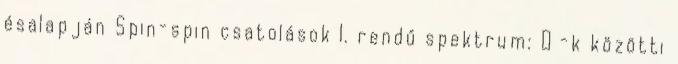
ésalapján Spin-spin csatolások I. rendű spektrum:  -k közötti